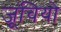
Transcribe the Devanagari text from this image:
जूंचियो